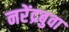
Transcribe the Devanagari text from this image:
नरेंद्रबुवा